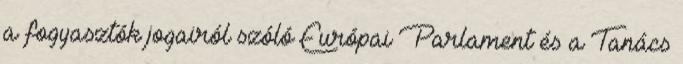
a fogyasztók jogairól szóló Európai Parlament és a Tanács